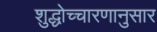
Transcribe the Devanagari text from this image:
शुद्धोच्चारणानुसार